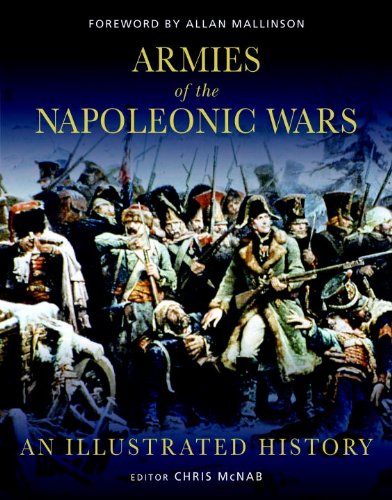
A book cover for Armies of the Napoleonic Wars: An Illustrated History (General Military); History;